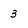
Character: 3